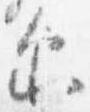
示